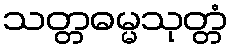
သတ္တဓမ္မသုတ္တံ